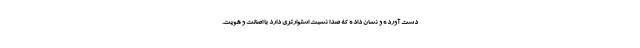
دست آورده و نشان داده که صدا نسبت استوارتری دارد با اصالت و هویت.